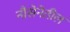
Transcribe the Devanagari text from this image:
नौसेनेतील